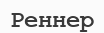
Реннер